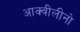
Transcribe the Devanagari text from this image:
आक्वीलीनो